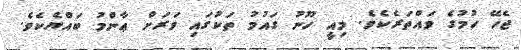
ޖެހޭ ހުމުގެ ވައްތަރެކެވެ. މިއީ ހޫނު ގައުމު ތަކުގައި ވަރަށް ޢާންމު ބައްޔެކެވެ.